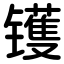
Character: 镬